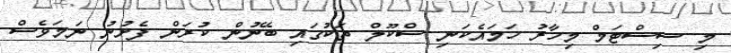
މި ސިސްޓަމް މިހާރު ހަމައެކަނި ސްކޫލް ތަކުގައި ބޭނުން ކުރަން ފެށުނު ނަމަވެސް